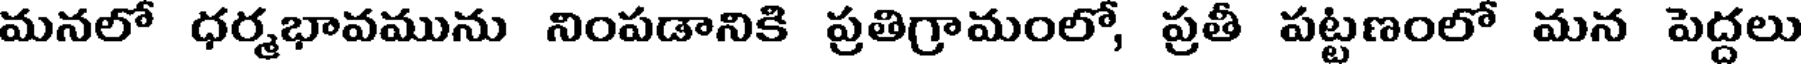
మనలో ధర్మభావమును నింపడానికి ప్రతిగ్రామంలో, ప్రతీ పట్టణంలో మన పెద్దలు